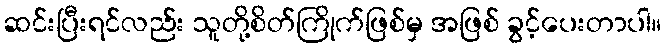
ဆင်းပြီးရင်လည်း သူတို့စိတ်ကြိုက်ဖြစ်မှ အဖြစ် ခွင့်ပေးတာပါ။